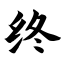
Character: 终